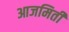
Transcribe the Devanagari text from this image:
आजमिती